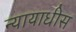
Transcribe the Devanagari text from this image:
न्यायाधीस